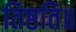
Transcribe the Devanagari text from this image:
तिष्ठति॥